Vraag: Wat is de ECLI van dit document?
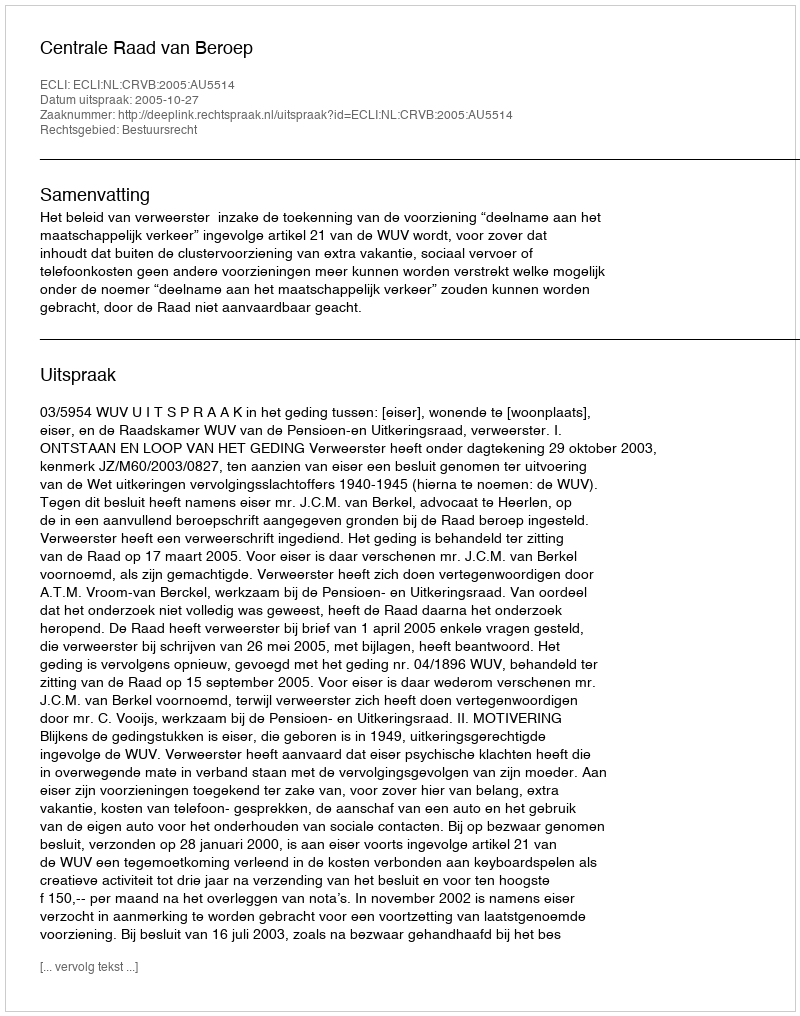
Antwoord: ECLI:NL:CRVB:2005:AU5514